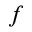
_ { f }